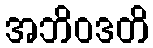
အဘိဝဒတိ